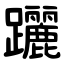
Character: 躧